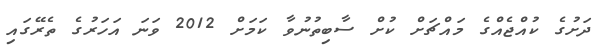
ދަށުގެ ކުއްޖެއްގެ މައްޗަށް ކުށް ސާބިތުނުވާ ކަމަށް 2012 ވަނަ އަހަރުގެ ތެރޭގައި